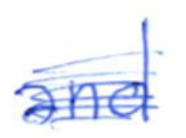
Text: and
Cross-out: scratch
Writing tool: ballpoint